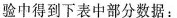
验中得到下表中部分数据：